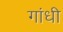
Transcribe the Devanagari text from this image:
गांंधी